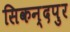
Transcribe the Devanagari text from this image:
सिकन्दपुर